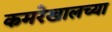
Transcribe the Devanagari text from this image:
कमरेखालच्या